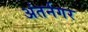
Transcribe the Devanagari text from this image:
अंतर्नगर